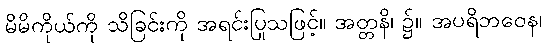
မိမိကိုယ်ကို သိခြင်းကို အရင်းပြုသဖြင့်။ အတ္တနိ၊ ၌။ အပရိဘဝေန၊